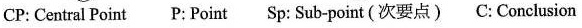
CP: Central Point P:Point Sp: Sub-point (次要点) C: Conclusion